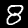
Digit: 8